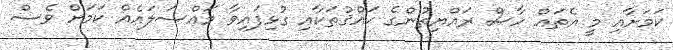
ކަމަށާއި މީ އެތައް ހާސް ރައްޔިތުންގެ ޙައްޤުތަކާއި ގުޅިފައިވާ މައްސަލައެއް ކަމަށް ވެސް